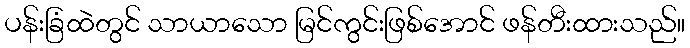
ပန်းခြံထဲတွင် သာယာသော မြင်ကွင်းဖြစ်အောင် ဖန်တီးထားသည်။